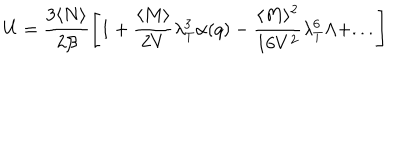
LaTeX: U = \frac { 3 \langle N \rangle } { 2 \beta } \left[ 1 + \frac { \langle M \rangle } { 2 V } \lambda _ { T } ^ { 3 } \alpha ( q ) - \frac { \langle M \rangle ^ { 2 } } { 1 6 V ^ { 2 } } \lambda _ { T } ^ { 6 } \Lambda + . . . \right]